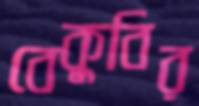
বেকুবির